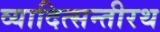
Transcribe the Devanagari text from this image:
व्यादित्सन्तीरथ